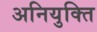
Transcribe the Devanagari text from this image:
अनियुक्ति